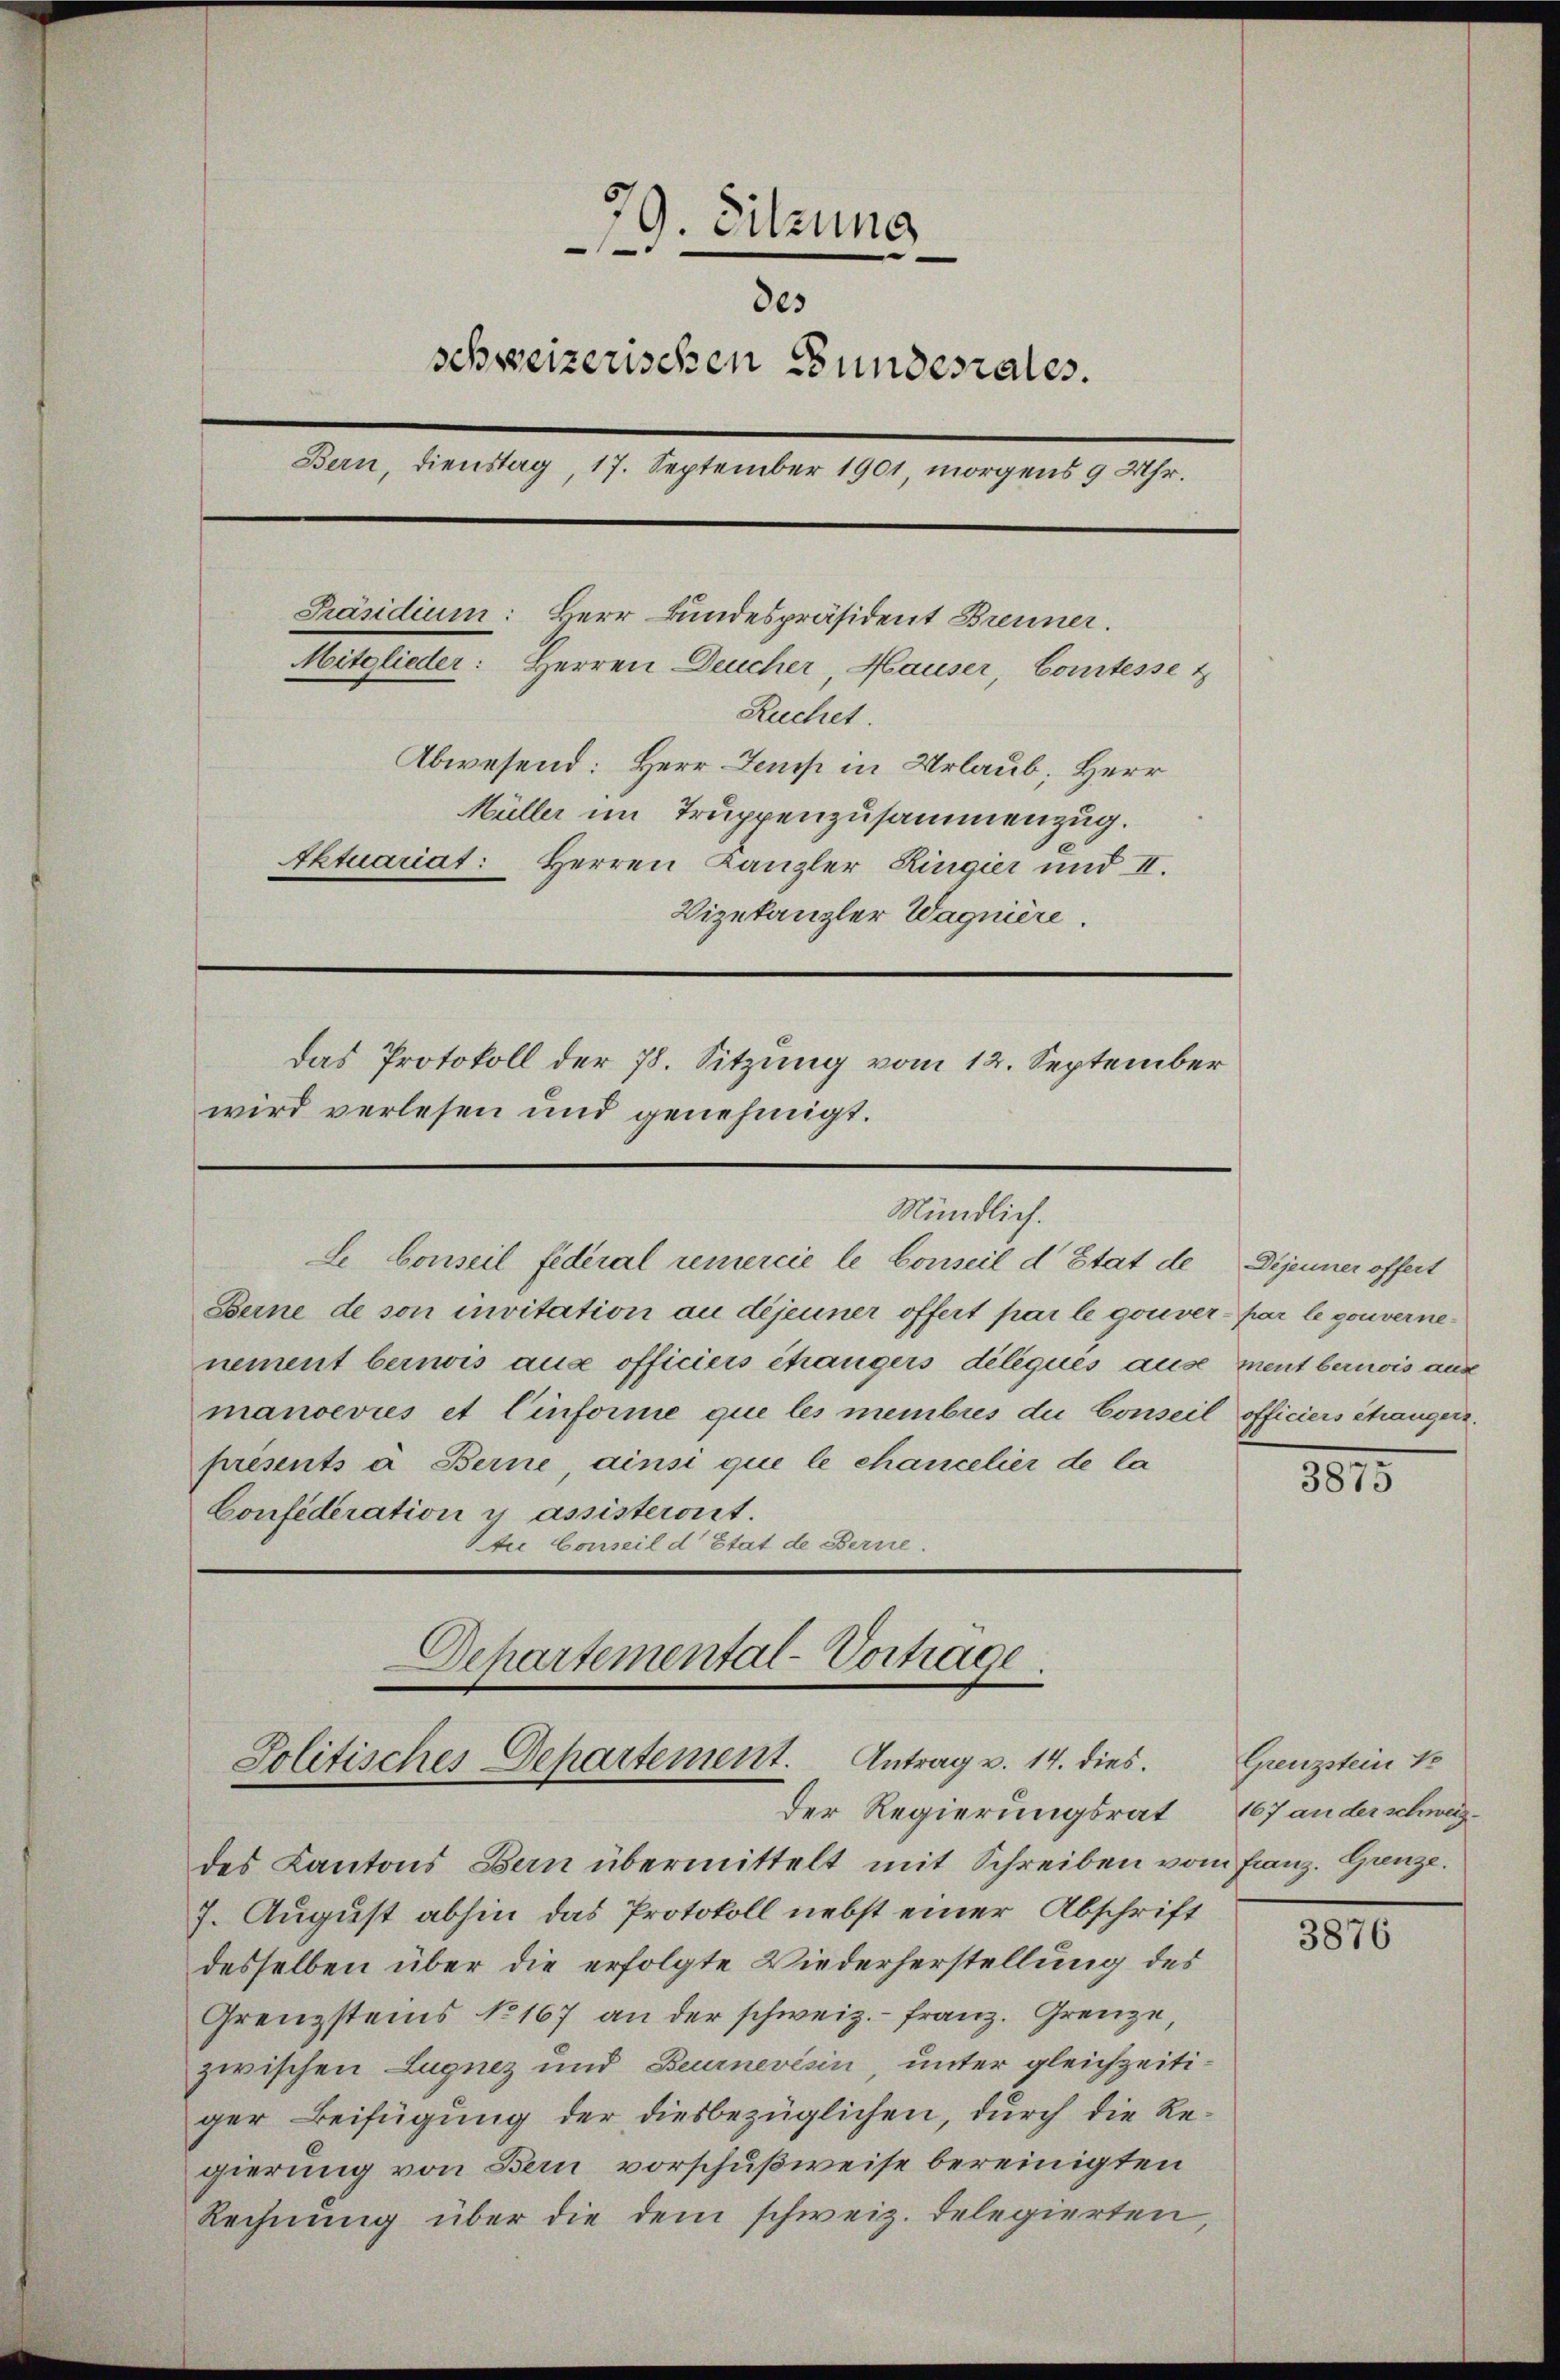
Berne de son invitation au déjenner offert par le gouver par le gouvernenement bernis aus officiers changers déliques ause ment bernois auf
manoevies et Einforme que les membres die Conseil officiers changen.
presents à Berne, ainsi que le chancelier de la
Confederation y assisteront.

79. Sitzung
e
des
schweizerischen Bundesrates.
Bern, Dienstag, 17. September 1901 morgens 9 Uhr.
Präsidium: Herr Bundespräsident Brenner.
Mitglieder: Herren Deucher, Hauser, Comtesse &
Ruchet.
Abwesend: Herr Zemp in Urlaub, Herr
Müller im Truppenzusammenzug.
Aktuariat: Herren Kanzler Ringier und II.
Vizekanzler Wagnière.
Das Protokoll der 78. Sitzung vom 12. September
wird verlesen und genehmigt.

Mündlich.
Le Conseil federal remercie le Conseil d’Etat de Dijenner offert

Departemental-Vortrage
.
Solitisches Departement. Antrag v. 14. dies

re.

Der Regierungsrat
des Kantons Bern übermittelt mit Schreiben vom Franz. Grenze.
7. August abhin das Protokoll nebst einer Abschrift
desselben über die erfolgte Wiederherstellung des
Grenzsteins No 167 an der schweiz.- Franz. Grenze,
zwischen Lugnez und Beurnevésin, unter gleichzeiti-
ger Beifügung der diesbezüglichen, durch die Regierung von Bern vorschußweise bereinigten
Rechnung über die dem schweiz. Delegierten,

1815

Grenzstein 1
167 an der schweiz.

3876